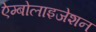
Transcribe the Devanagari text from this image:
ऐम्बोलाइजेशन